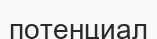
потенциал